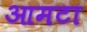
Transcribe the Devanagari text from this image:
आमटा